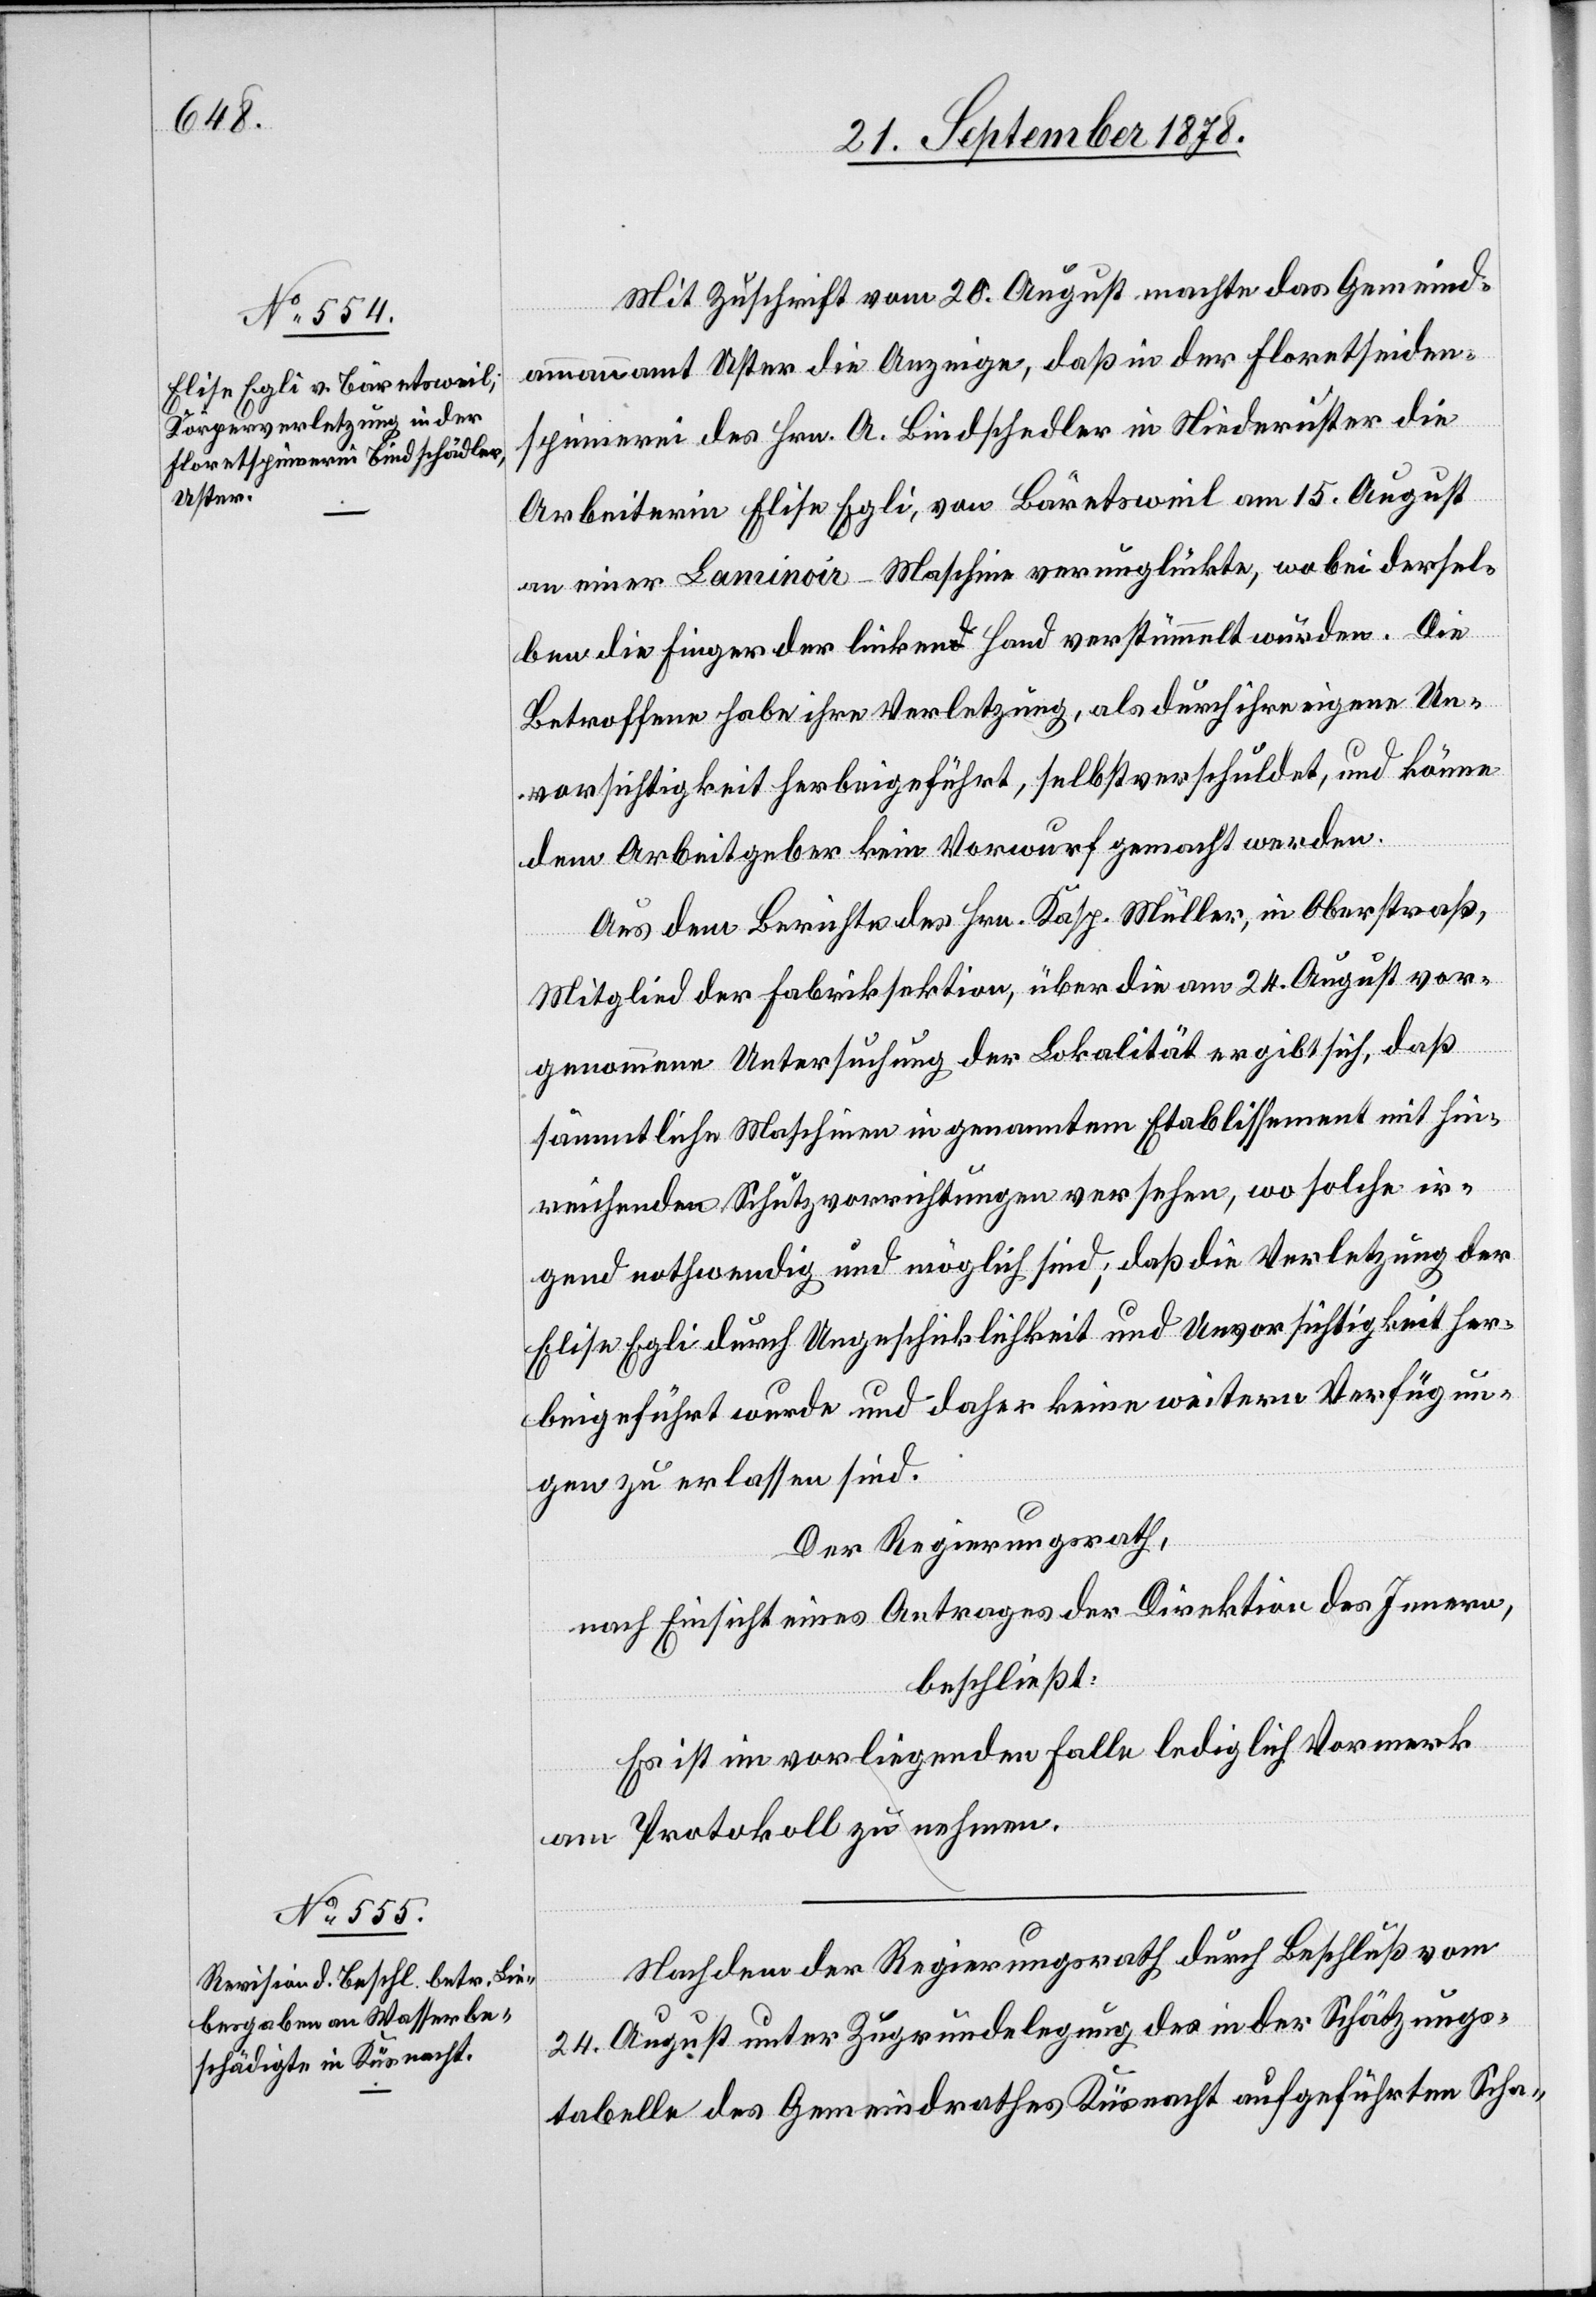
Mit Zuschrift vom 20. August machte das Gemeind¬
ammannamt Uster die Anzeige, daß in der Floretseiden¬
spinnerei des Hrn. A. Bindschedler [sic!] in Niederuster die
Arbeiterin Elise Egli, von Bäretsweil am 15. August
an einer Laminoire-Maschine verunglückte, wobei dersel¬
ben die Finger der linken Hand verstümmelt wurden. Die
Betroffene habe ihre Verletzung, als durch ihre eigene Un¬
vorsichtigkeit herbeigeführt, selbstverschuldet, und könne
dem Arbeitgeber kein Vorwurf gemacht werden.
Aus dem Berichte des Hrn. Kasp. Müller, in Oberstraß,
Mitglied der Fabriksektion, über die am 24. August vor¬
genommene Untersuchung der Lokalität ergibt sich, daß
sämmtliche Maschinen in genanntem Etablissement mit hin¬
reichenden Schutzvorrichtungen versehen, wo solche ir¬
gend nothwendig und möglich sind; daß die Verletzung der
Elise Egli durch Ungeschicklichkeit und Unvorsichtigkeit her¬
beigeführt wurde und daher keine weitern Verfügun¬
gen zu erlassen sind.
Der Regierungsrath,
nach Einsicht eines Antrages der Direktion des Innern,
beschließt:
Es ist im vorliegenden Falle lediglich Vormerk
am Protokoll zu nehmen.
Nachdem der Regierungsrath durch Beschluß vom
24. August unter Zugrundelegung des in der Schätzungs¬
tabelle des Gemeindrathes Küsnacht aufgeführten Scha-